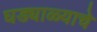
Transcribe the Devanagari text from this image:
घड्याळ्याचे